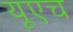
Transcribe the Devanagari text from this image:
यूएच